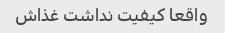
واقعا‌ کیفیت نداشت غذاش